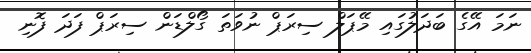
ނަމަ އޭގެ ބަދަލުގައި މޭޕަލް ސިރަޕް ނުވަތަ ގޯލްޑަން ސިރަޕް ފަދަ ފޮނި